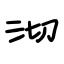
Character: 沏